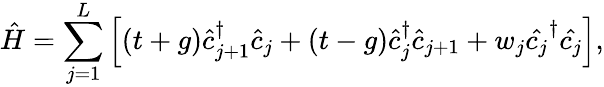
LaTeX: \hat{H}=\sum_{j=1}^{L}\left[(t+g)\hat{c}_{j+1}^{\dagger}\hat{c}_{j}+(t-g)\hat{c}_{j}^{\dagger}\hat{c}_{j+1}+w_{j}\hat{c_{j}}^{\dagger}\hat{c_{j}}\right],